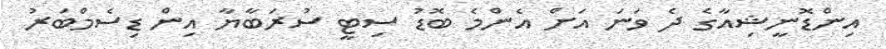
އިންޑޮނީޝިއާގެ ދެ ވަނަ އަށް އެންމެ ބޮޑު ސިޓީ ސުރަބާޔާ އިން ޑިސެމްބަރު